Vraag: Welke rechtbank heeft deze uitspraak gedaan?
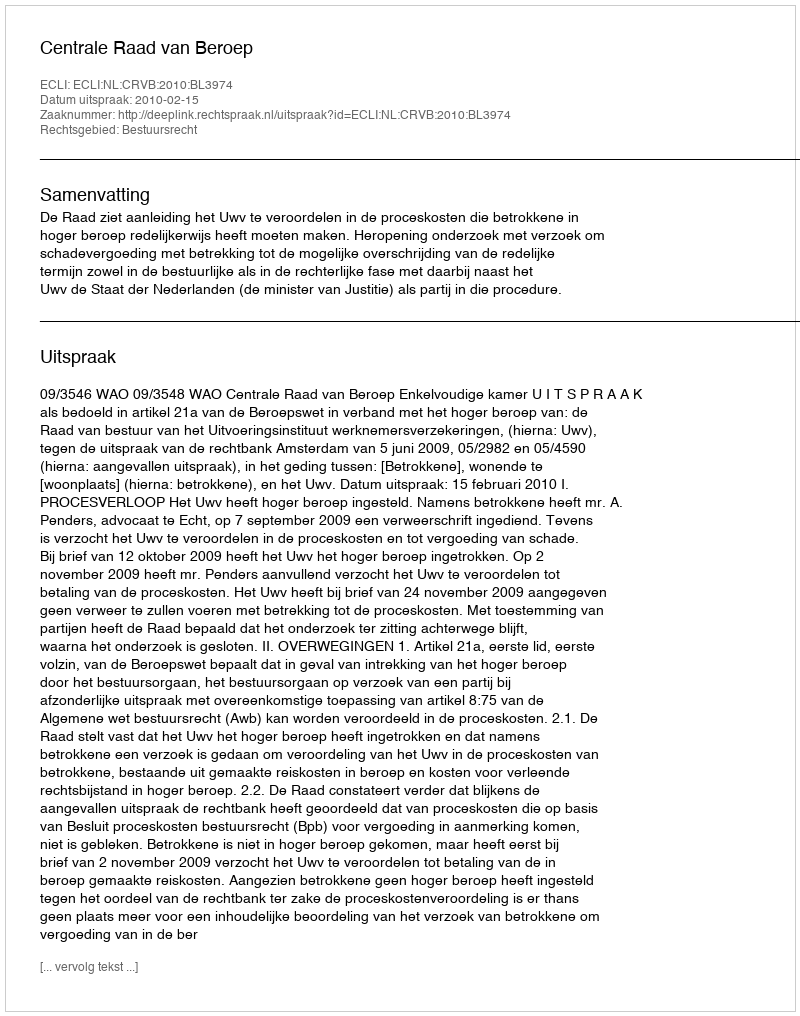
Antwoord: Centrale Raad van Beroep